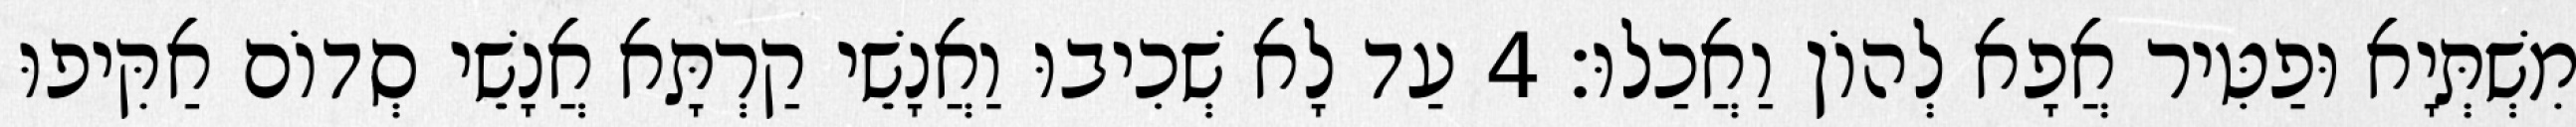
מִשְׁתְּיָא וּפַטִּיר אֲפָא לְהוֹן וַאֲכַלוּ׃ 4 עַד לָא שְׁכִיבוּ וַאֲנָשֵׁי קַרְתָּא אֲנָשֵׁי סְדוֹם אַקִּיפוּ